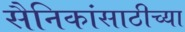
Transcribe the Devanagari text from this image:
सैनिकांसाठीच्या